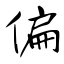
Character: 偏